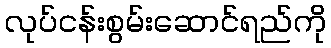
လုပ်ငန်းစွမ်းဆောင်ရည်ကို